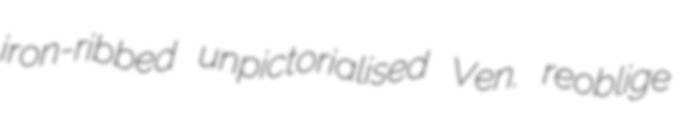
iron-ribbed unpictorialised Ven. reoblige